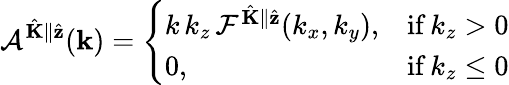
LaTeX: \mathcal{A}^{\hat{\mathbf{K}}\parallel\hat{\mathbf{z}}}(\mathbf{k})=\left\{ \begin{array}{ll}{k\, k_{z}\, \mathcal{F}^{\hat{\mathbf{K}}\parallel\hat{\mathbf{z}}}(k_{x},k_{y}),}&{\mathrm{if}\, k_{z}>0}\\ {0,}&{\mathrm{if}\, k_{z}\leq 0}\end{array}\right.